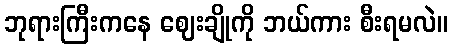
ဘုရားကြီးကနေ ဈေးချိုကို ဘယ်ကား စီးရမလဲ။